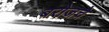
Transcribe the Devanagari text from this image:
बरोजचे